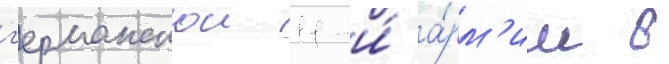
г'ерманскои 11-и́ а́рм'ии в